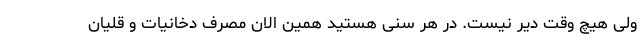
ولی هیچ وقت دیر نیست. در هر سنی هستید همین الان مصرف دخانیات و قلیان